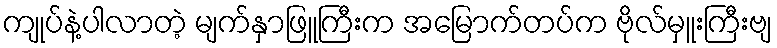
ကျုပ်နဲ့ပါလာတဲ့ မျက်နှာဖြူကြီးက အမြောက်တပ်က ဗိုလ်မှူးကြီးဗျ